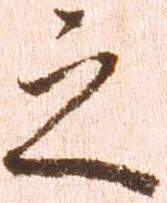
之